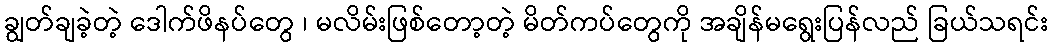
ချွတ်ချခဲ့တဲ့ ဒေါက်ဖိနပ်တွေ ၊ မလိမ်းဖြစ်တော့တဲ့ မိတ်ကပ်တွေကို အချိန်မရွေးပြန်လည် ခြယ်သရင်း